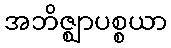
အဘိဇ္ဈာပစ္စယာ